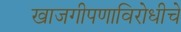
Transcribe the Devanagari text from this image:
खाजगीपणाविरोधीचे